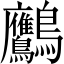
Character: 𪈾